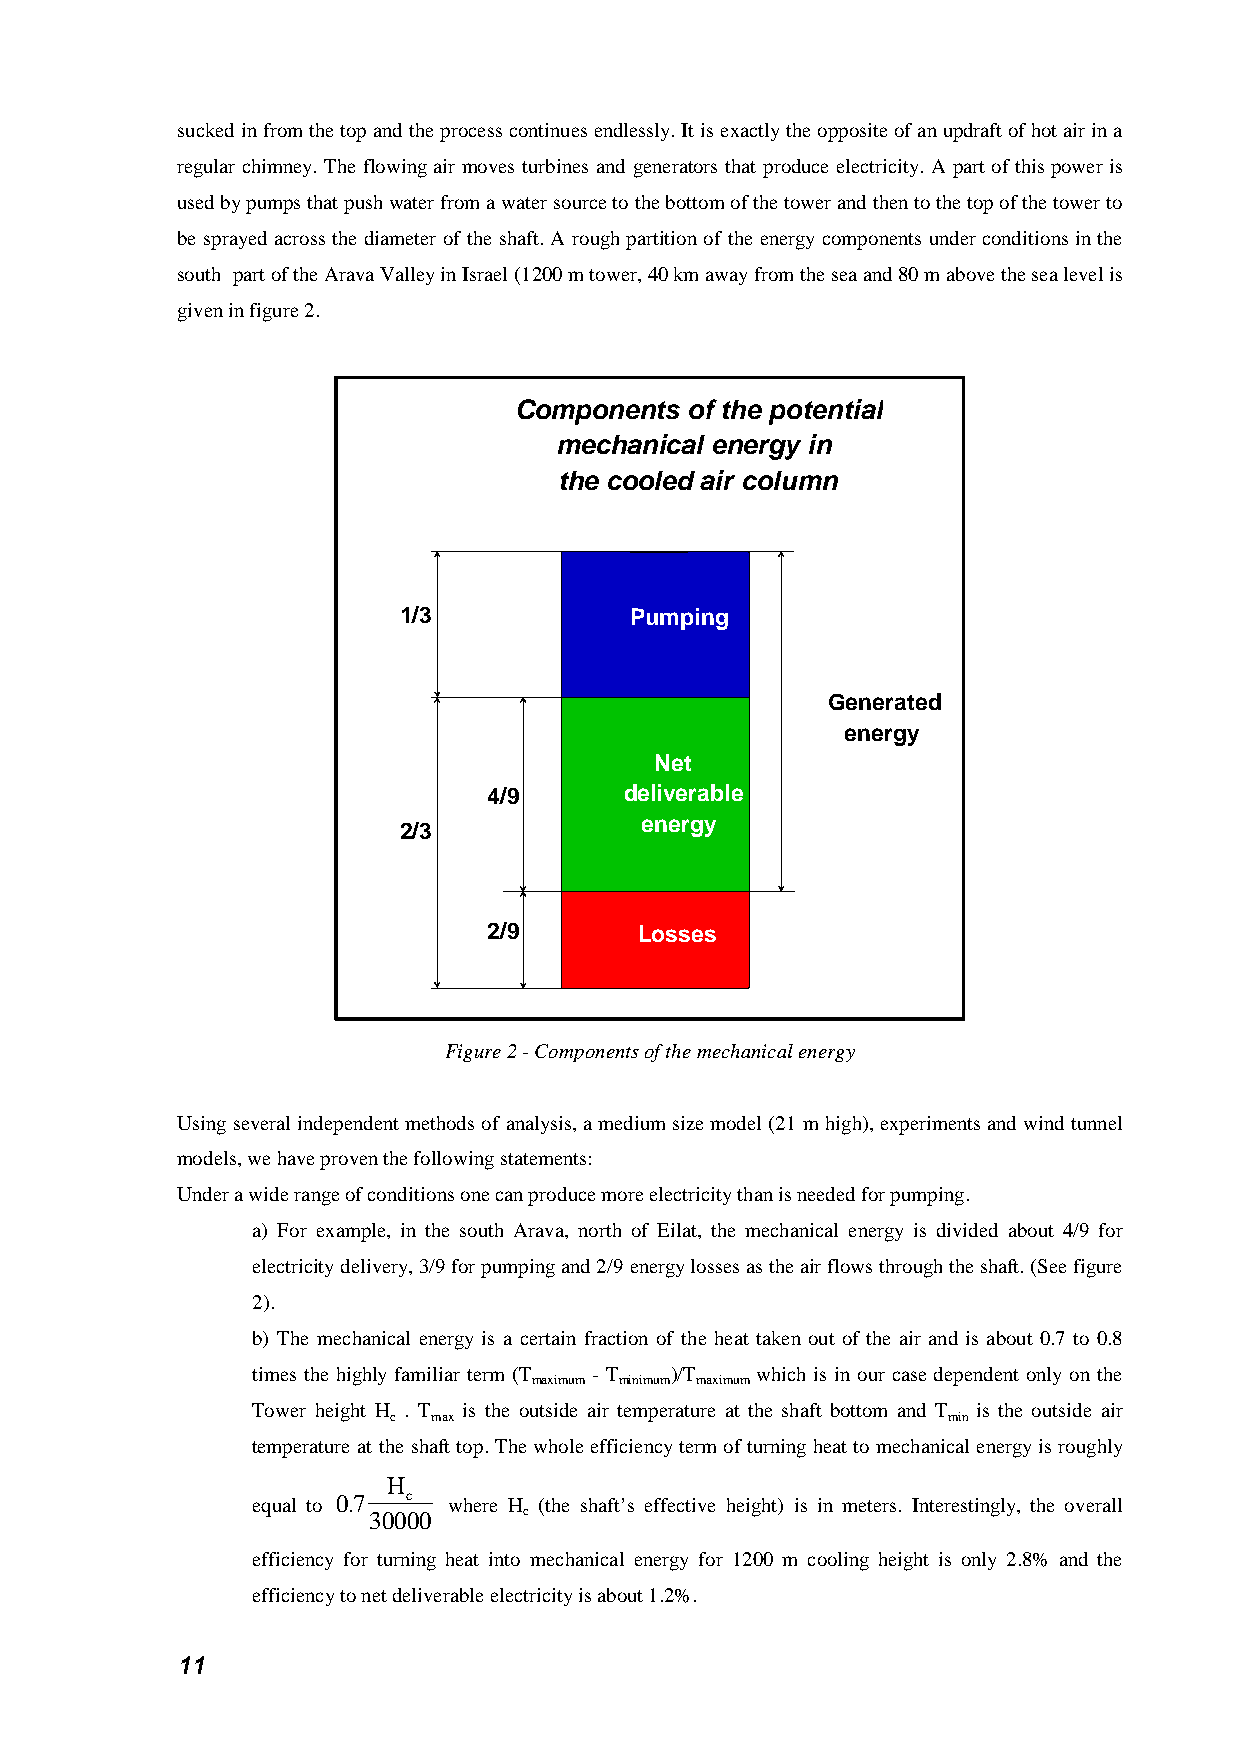
sucked in from the top and the process continues endlessly. It is exactly the opposite of an updraft of hot air in a
 regular chimney. The flowing air moves turbines and generators that produce electricity. A part of this power is
 used by pumps that push water from a water source to the bottom of the tower and then to the top of the tower to
 be sprayed across the diameter of the shaft. A rough partition of the energy components under conditions in the
 south part of the Arava Valley in Israel (1200 m tower, 40 km away from the sea and 80 m above the sea level is
 given in figure 2.
 Components  of the potential
 mechanical energy in
 the cooled air column
 1/3             Pumping
 Generated
 energy
 Net
 4/9      deliverable
 2/3
 energy
 2/9       Losses
 Figure 2 - Components of the mechanical energy
 Using several independent methods of analysis, a medium size model (21 m high), experiments and wind tunnel
 models, we have proven the following statements:
 Under a wide range of conditions one can produce more electricity than is needed for pumping.
 a) For example, in the south Arava, north of Eilat, the mechanical energy is divided about 4/9 for
 electricity delivery, 3/9 for pumping and 2/9 energy losses as the air flows through the shaft. (See figure
 2).
 b) The mechanical energy is a certain fraction of the heat taken out of the air and is about 0.7 to 0.8
 times the highly familiar term (T - T )/T which is in our case dependent only on the
 maximum minimum maximum
 Tower height H . T is the outside air temperature at the shaft bottom and T is the outside air
 c  max                               min
 temperature at the shaft top. The whole efficiency term of turning heat to mechanical energy is roughly
 H
 equal to 0.7 c where H (the shaft’s effective height) is in meters. Interestingly, the overall
 30000      c
 efficiency for turning heat into mechanical energy for 1200 m cooling height is only 2.8% and the
 efficiency to net deliverable electricity is about 1.2%.
 11